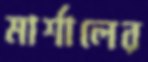
মার্শালের